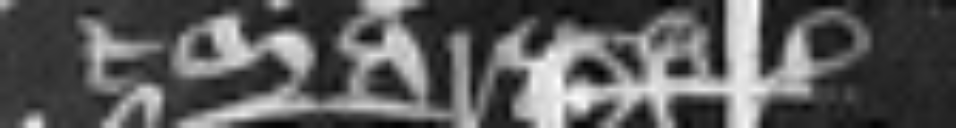
et Margareta